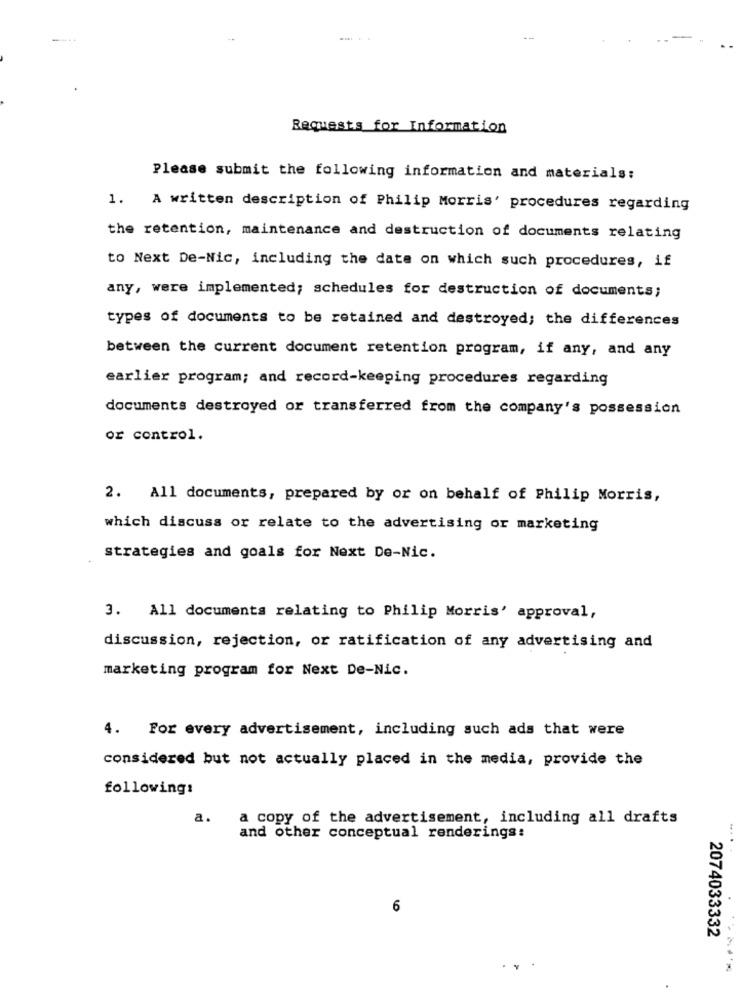
Requests for Information
Please submit the following information and materials:
1.
A written description of Philip Morris' procedures regarding
the retention, maintenance and destruction of documents relating
to Next De-Nic, including the date on which such procedures, if
any, were implemented; schedules for destruction of documents;
types of documents to be retained and destroyed; the differences
between the current document retention program, if any, and any
earlier program; and record-keeping procedures regarding
documents destroyed or transferred from the company's possession
or control.
2. All documents, prepared by or on behalf of Philip Morris,
which discuss or relate to the advertising or marketing
strategies and goals for Next De-Nic.
3. All documents relating to Philip Morris' approval,
discussion, rejection, or ratification of any advertising and
marketing program for Next De-Nic.
4. For every advertisement, including such ads that were
considered but not actually placed in the media, provide the
following:
a.
a copy of the advertisement, including all drafts
and other conceptual renderings:
....
6
2074033332